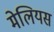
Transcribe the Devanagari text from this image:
मेलियस